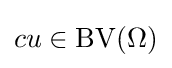
cu\in \operatorname {\operatorname {BV} } (\Omega )